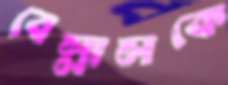
বেল্লালকে